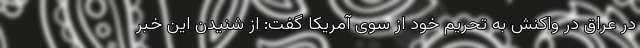
در عراق در واکنش به تحریم خود از سوی آمریکا گفت: از شنیدن این خبر